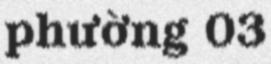
phường 03